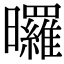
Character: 曪